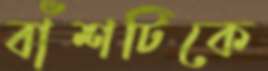
বাঁশটিকে